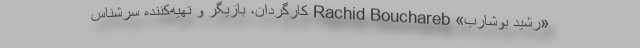
«رشید بوشارب» Rachid Bouchareb کارگردان، بازیگر و تهیه‌کننده سرشناس